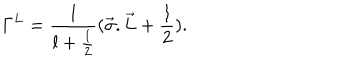
LaTeX: { \Gamma } ^ { L } = { \frac { 1 } { l + \frac { 1 } { 2 } } } ( { \vec { \sigma } . \vec { L } } + \frac { 1 } { 2 } ) .